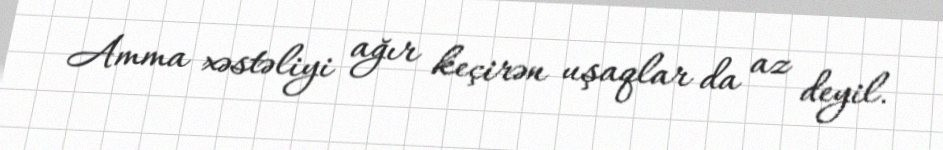
Amma xəstəliyi ağır keçirən uşaqlar da az deyil.